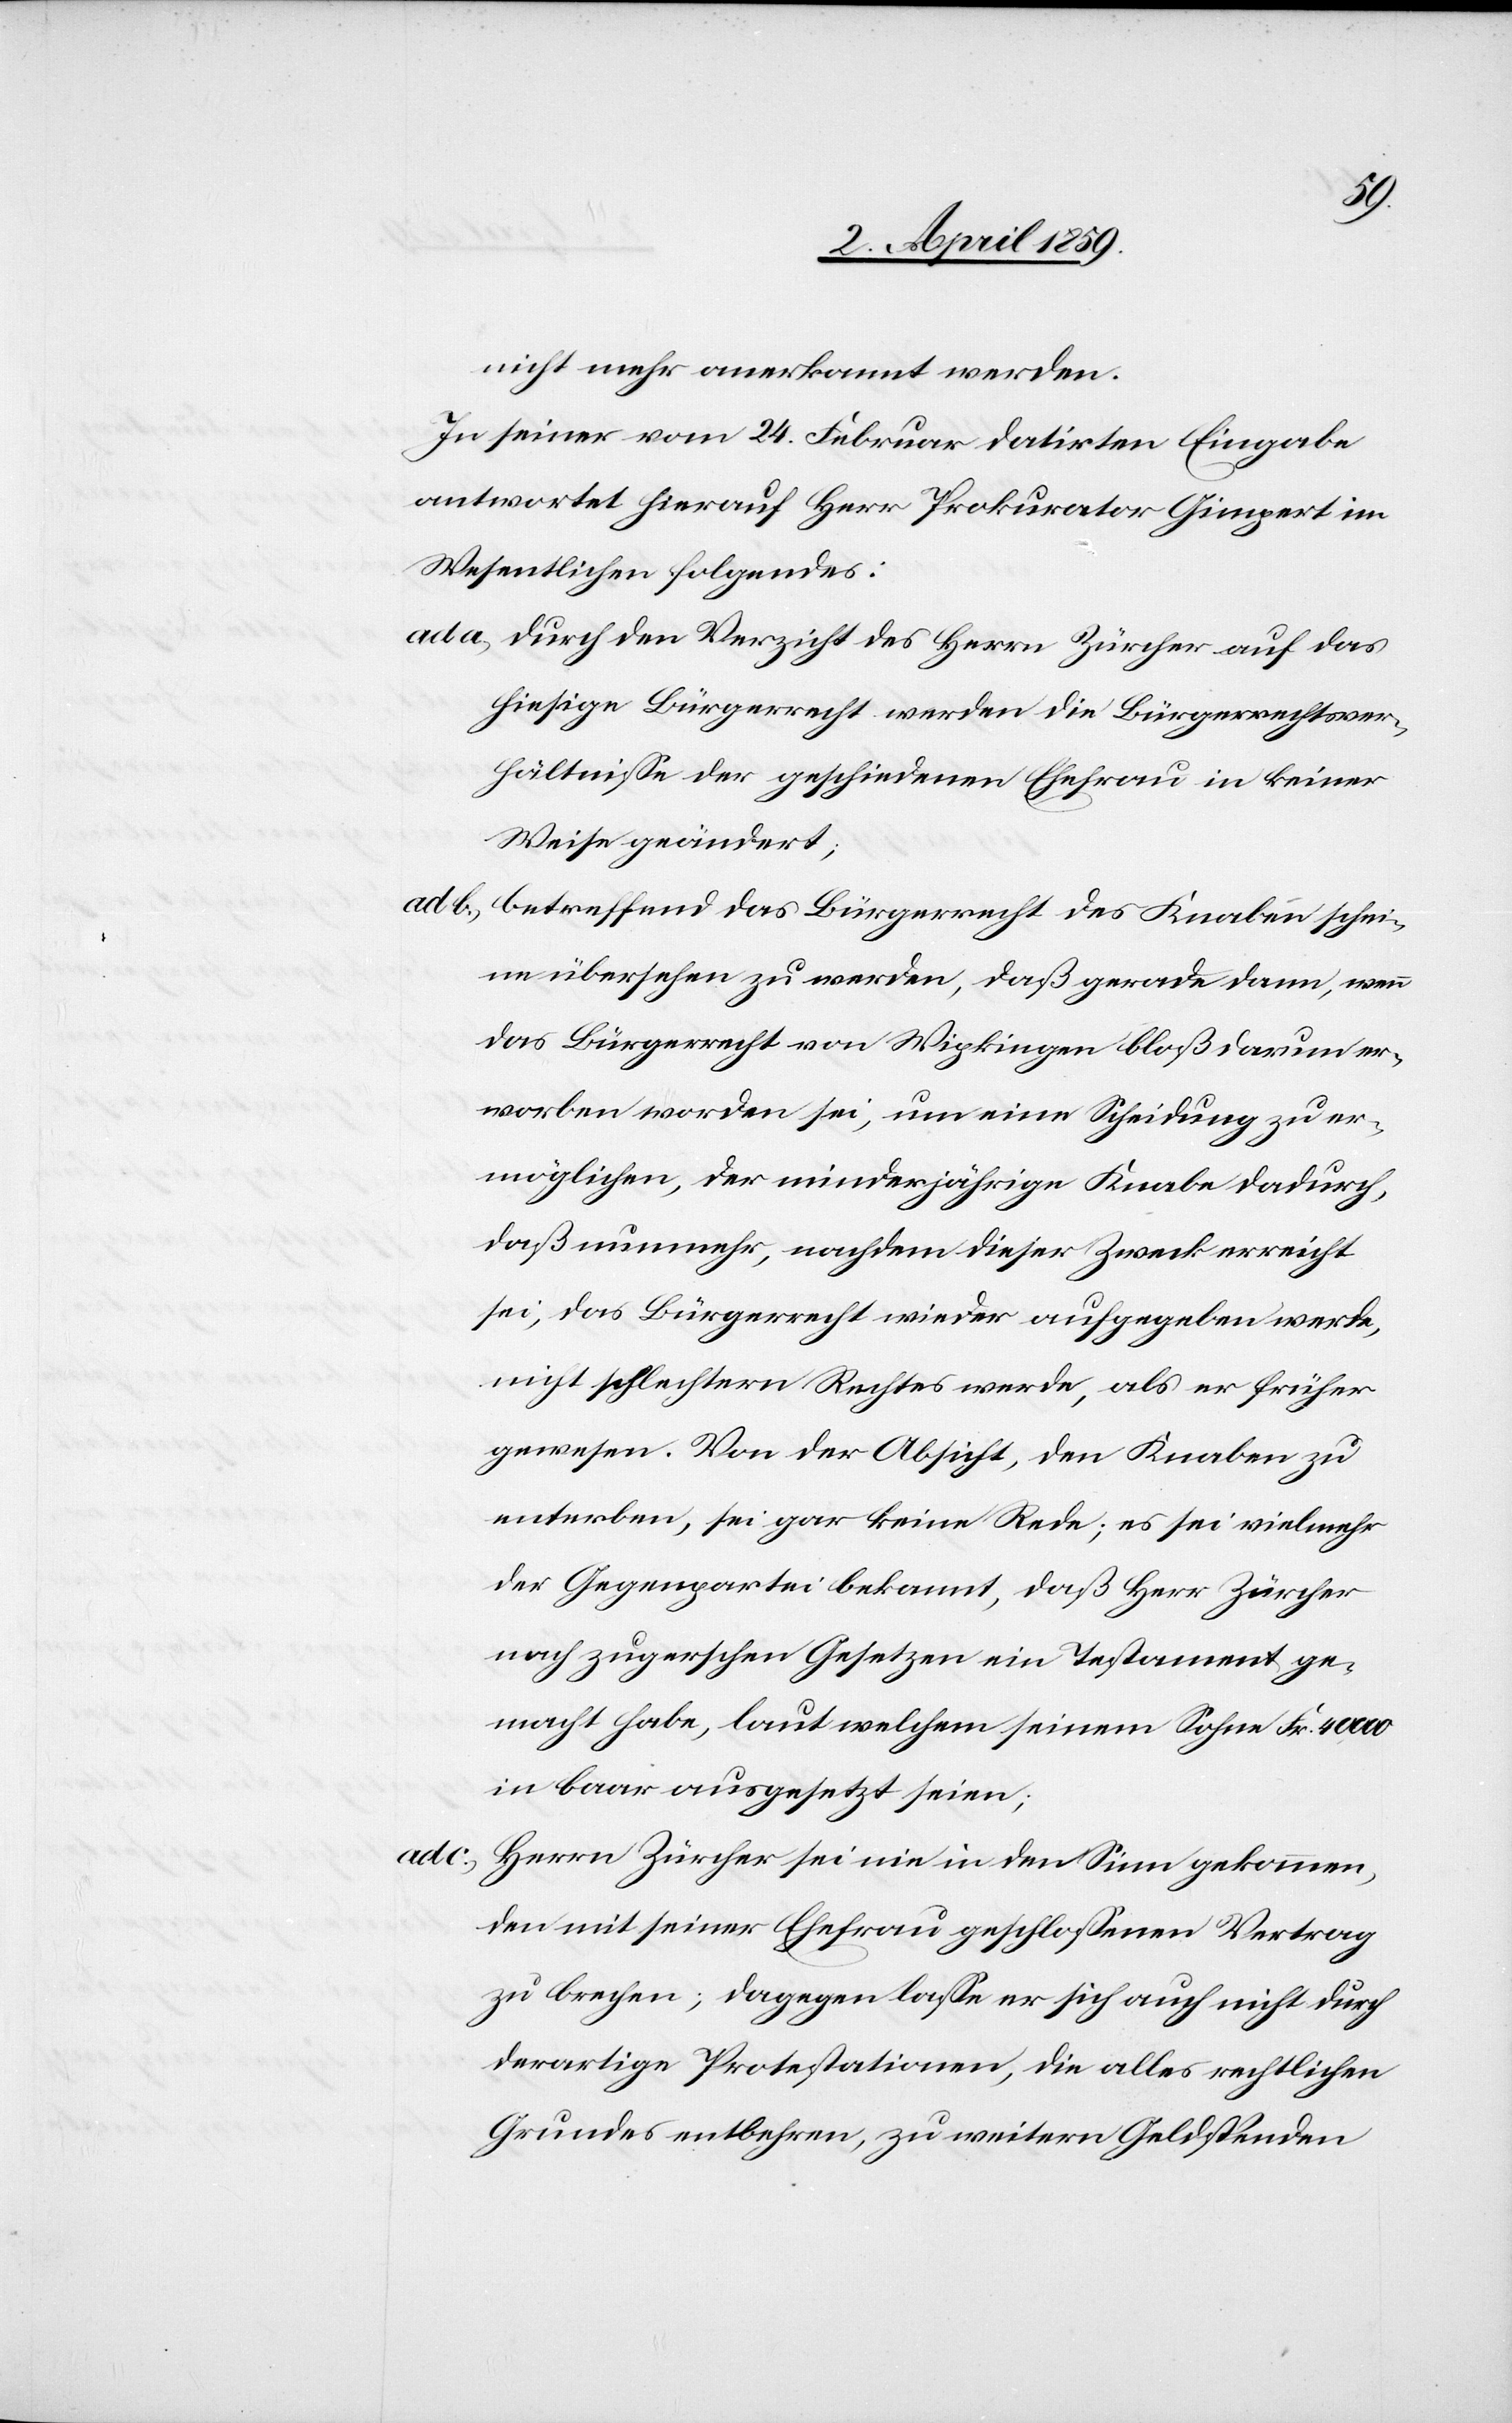
dieser

nicht mehr anerkannt werden.
In seiner vom 24. Februar datirten Eingabe
antwortet hierauf Herr Prokurator Gimpert im
Wesentlichen folgendes:
ad a) durch den Verzicht des Herrn Zürcher auf das
hiesige Bürgerrecht werden die Bürgerrechtsver¬
hältniße der geschiedenen Ehefrau in keiner
Weise geändert;
ad b) betreffend das Bürgerrecht des Knaben schei¬
ne übersehen zu werden, daß gerade dann, wenn
das Bürgerrecht von Wipkingen bloß darum er¬
worben worden sei, um eine Scheidung zu er¬
möglichen, der minderjährige Knabe dadurch,
sei, das Bürgerrecht wieder aufgegeben werde,
nicht schlechtern Rechtes werde, als er früher
gewesen. Von der Absicht, den Knaben zu
enterben, sei gar keine Rede; es sei vielmehr
der Gegenpartei bekannt, daß Herr Zürcher
nach zugerschen Gesetzen ein Testament ge¬
macht habe, laut welchem seinem Sohne Fr. 40 000
in baar ausgesetzt seien;
Herrn Zürcher sei nie in den Sinn gekommen,
den mit seiner Ehefrau geschloßenen Vertrag
zu brechen; dagegen laße er sich auch nicht durch
derartige Protestationen, die alles [recte: allen]
Grundes entbehren, zu weitern Geldspenden